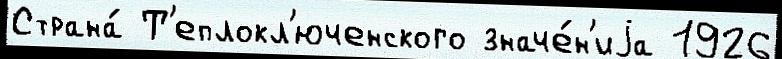
Страна́ Т'еплокл'юченского значе́н'иjа 1926